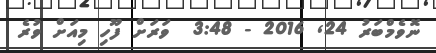
ނޮވެމްބަރު 24